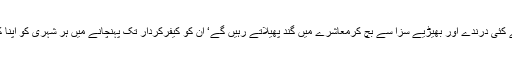
انکے اس اقدام سے کئی درندے اور بھیڑیے سزا سے بچ کرمعاشرے میں گند پھیلاتے رہیں گے‘ ان کو کیفرکردار تک پہنچانے میں ہر شہری کو اپنا کردار ادا کرنا ہے۔